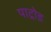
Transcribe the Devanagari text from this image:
पाट्रोड